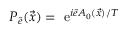
P _ { \tilde { e } } ( \vec { x } ) = \mathrm { ~ e } ^ { i \tilde { e } A _ { 0 } ( \vec { x } ) / T }